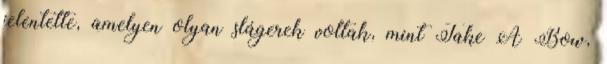
jelentette, amelyen olyan slágerek voltak, mint Take A Bow,